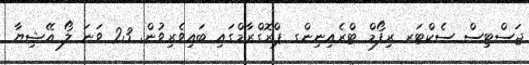
ޖަސްޓިސް ސެކްޓަރ ރިފޯމް ޓްރެއިނިންގ ޕްރޮގްރާމްގައި ބައިވެރިވުން. 23 ވަނަ ލޯ އޭޝިޔާ